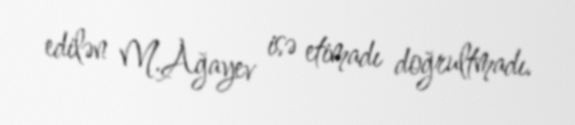
edilən M.Ağayev isə etimadı doğrultmadı.